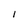
Character: I